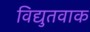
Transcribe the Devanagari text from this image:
विद्युतवाक